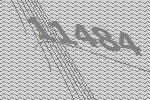
11484